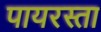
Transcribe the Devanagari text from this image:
पायरस्ता